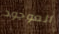
الموجود